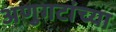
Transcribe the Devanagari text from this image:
अणुगटांच्या